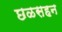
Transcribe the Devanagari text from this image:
छळसहन